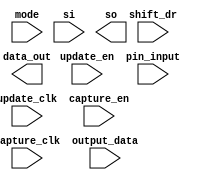
////////////////////////////////////////////////////////////////////////////////
//
//       This confidential and proprietary software may be used only
//     as authorized by a licensing agreement from Synopsys Inc.
//     In the event of publication, the following notice is applicable:
//
//                    (C) COPYRIGHT 2002 - 2023 SYNOPSYS INC.
//                           ALL RIGHTS RESERVED
//
//       The entire notice above must be reproduced on all authorized
//     copies.
//
//
// VERSION:   Verilog Simulation Model
//
// DesignWare_version: d5aaec0b
// DesignWare_release: U-2022.12-DWBB_202212.5
//
////////////////////////////////////////////////////////////////////////////////
//-------------------------------------------------------------------------------
//
// ABSTRACT:  Boundary Scan Cell Type BC_10
//
//           
//
//              
//  Input Ports:   	Size    Description
//  =========== 	====    ===========
//  capture_clk     	1 bit   Clocks data into the capture stage
//  update_clk      	1 bit   Clocks data into the update stage 
//  capture_en      	1 bit   Enable for data clocked into the capture 
//  update_en       	1 bit   Enable for data clocked into the update stage 
//  shift_dr           	1 bit   Enables the boundary scan chain to shift data
//			        one stage toward its serial output (tdo) 
//  mode		1 bit  	Determines whether data_out is controlled by the
//				boundary scan cell or by the data_in signal
//  si	 		1 bit  	Serial path from the previous boundary scan cell
//  pin_input		1 bit 	Input data
//  output_data         1 bit   IC output logic signal.   
//
//  Output Ports    	Size    Description
//  ============	====    ===========
//  data_out        	1 bit   Output data
//  so              	1 bit   Serial path to the next boundary scan cell
//              
//
//
// MODIFIED: 
//
//-------------------------------------------------------------------------------

module DW_bc_10 (capture_clk, update_clk, capture_en, update_en, shift_dr, mode, 
		si, pin_input, output_data, data_out, so );

   input  capture_clk;
   input  update_clk;
   input  capture_en;
   input  update_en;
   input  shift_dr;
   input  mode;
   input  si;
   input  pin_input;
   input  output_data;

   output data_out;
   output so;

   // synopsys translate_off

   reg 	  capture_out;
   reg 	  update_out;
   wire   capture_val;

   assign capture_val = (shift_dr === 1'b0) ? (pin_input | (pin_input ^ pin_input)) :
			(shift_dr === 1'b1) ? (si | (si ^ si)) : 1'bX;
   assign data_out = (mode === 1'b0) ? (output_data | (output_data ^ output_data)) :
		     (mode === 1'b1) ? update_out : 1'bX;

   assign so = capture_out;

   always @(posedge capture_clk)
      begin : CAPTURE_PROC
	 if (capture_en === 1'b1)
	    capture_out <= capture_out;
	 else if (capture_en === 1'b0)
	    capture_out <= capture_val;
	 else
	    capture_out <= 1'bX;
      end // block: CAPTURE_PROC
   
   always @(posedge update_clk)
      begin : UPDATE_PROC
	 if (update_en === 1'b1)
	    update_out <= capture_out;
	 else if (update_en === 1'b0)
	    update_out <= update_out;
	 else
	    update_out <= 1'bX;
      end // block: UPDATE_PROC
  //---------------------------------------------------------------------------
  // Parameter legality check
  //---------------------------------------------------------------------------
  
 
  initial begin : parameter_check
    integer param_err_flg;

    param_err_flg = 0;
    
    //no parameters to check
  
    if ( param_err_flg == 1) begin
      $display(
        "%m :\n  Simulation aborted due to invalid parameter value(s)");
      $finish;
    end

  end // parameter_check 


  //---------------------------------------------------------------------------
  // Report unknown clock inputs
  //---------------------------------------------------------------------------
  
`ifndef DW_DISABLE_CLK_MONITOR
`ifndef DW_SUPPRESS_WARN
  always @ (capture_clk) begin : clk_monitor1 
    if ( (capture_clk !== 1'b0) && (capture_clk !== 1'b1) && ($time > 0) )
      $display ("WARNING: %m:\n at time = %0t: Detected unknown value, %b, on capture_clk input.", $time, capture_clk);
    end // clk_monitor1 
`endif
`endif
  
`ifndef DW_DISABLE_CLK_MONITOR
`ifndef DW_SUPPRESS_WARN
  always @ (update_clk) begin : clk_monitor2 
    if ( (update_clk !== 1'b0) && (update_clk !== 1'b1) && ($time > 0) )
      $display ("WARNING: %m:\n at time = %0t: Detected unknown value, %b, on update_clk input.", $time, update_clk);
    end // clk_monitor2 
`endif
`endif       
   // synopsys translate_on
   
endmodule // DW_bc_10